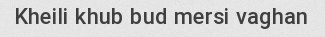
Kheili khub bud mersi vaghan